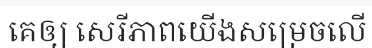
គេឲ្យ សេរីភាពយើងសម្រេចលើ